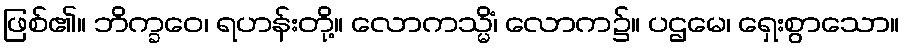
ဖြစ်၏။ ဘိက္ခဝေ၊ ရဟန်းတို့။ လောကသ္မိံ၊ လောက၌။ ပဌမေ၊ ရှေးစွာသော။